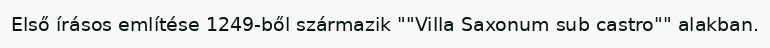
Első írásos említése 1249-ből származik ""Villa Saxonum sub castro"" alakban.